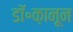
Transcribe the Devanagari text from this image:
डॉ॰क़ानून